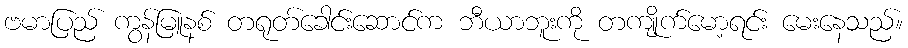
ဗမာပြည် ကွန်မြူနစ် တရုတ်ခေါင်းဆောင်က ဘီယာဘူးကို တကျိုက်မော့ရင်း မေးနေသည်။